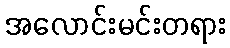
အလောင်းမင်းတရား